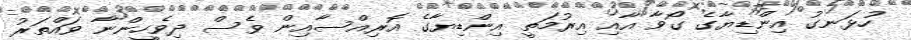
ހުޅަނގު އިންޑިޔާގެ ގޯވާ އާއި އިރުމަތީ އިންޑިޔާގެ އޮރިއްސާއިން ވެސް ދިވެހީންނާ ވައްތަރު